Annual administration report of the Civil Veterinary Department of India - 1898-1899
Year: 1898
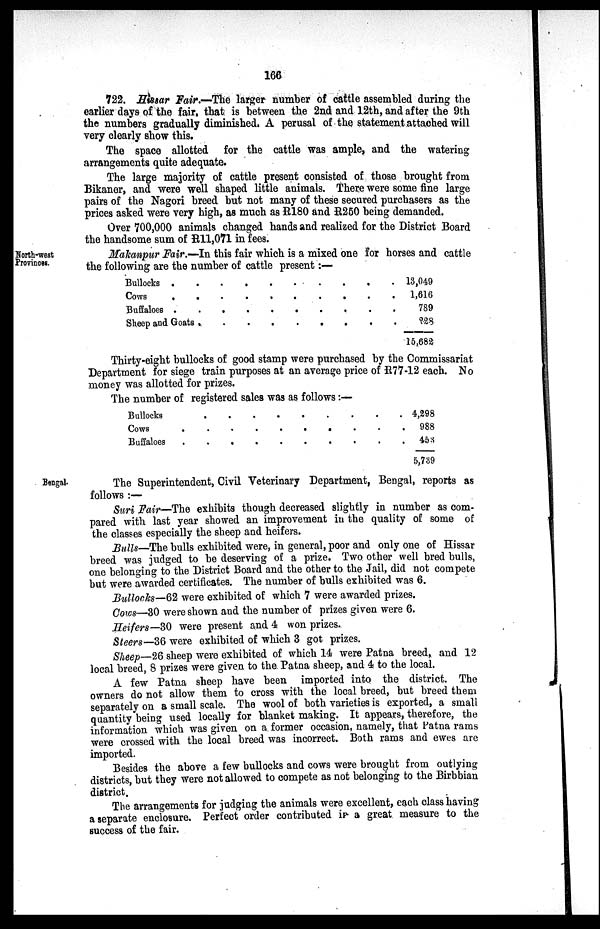
166
722. Hissar Fair.—The larger number of cattle assembled during the
earlier days of the fair, that is between the 2nd and 12th, and after the 9th
the numbers gradually diminished. A perusal of the statement attached will
very clearly show this.
The space allotted for the cattle was ample, and the watering
arrangements quite adequate.
The large majority of cattle present consisted of those brought from
Bikaner, and were well shaped little animals. There were some fine large
pairs of the Nagori breed but not many of these secured purchasers as the
prices asked were very high, as much as R180 and R250 being demanded.
Over 700,000 animals changed hands and realized for the District Board
the handsome sum of R11,071 in fees.
North-west
Provinces.
Makanpur Fair.—In this fair which is a mixed one for horses and cattle
the following are the number of cattle present:—
Bullocks . . . . . . . . . .
Cows
.
. . . . . . . . .
Buffaloes . . . . . . . . . .
Sheep and Goats . . . . . . . . .
13,049
1,616
789
228
15,682
Thirty-eight bullocks of good stamp were purchased by the Commissariat
Department for siege train purposes at an average price of R77-12 each. No
money was allotted for prizes.
The number of registered sales was as follows:—
Bullocks . . . . . . . .
Cows . . . . . . . .
Buffaloes . . . . . . . .
4,298
988
453
5,739
Bengal
The Superintendent, Civil Veterinary Department, Bengal, reports as
follows :—
Suri Fair—The exhibits though decreased slightly in number as com-
pared with last year showed an improvement in the quality of some of
the classes especially the sheep and heifers.
Bulls—The bulls exhibited were, in general, poor and only one of Hissar
breed was judged to be deserving of a prize. Two other well bred bulls,
one belonging to the District Board and the other to the Jail, did not compete
but were awarded certificates. The number of bulls exhibited was 6.
Bullocks—62 were exhibited of which 7 were awarded prizes.
Cows—30 were shown and the number of prizes given were 6.
Heifers—30 were present and 4 won prizes.
Steers—36 were exhibited of which 3 got prizes.
Sheep—26 sheep were exhibited of which 14 were Patna breed, and 12
local breed, 8 prizes were given to the Patna sheep, and 4 to the local.
A few Patna sheep have been imported into the district. The
owners do not allow them to cross with the local breed, but breed them
separately on a small scale. The wool of both varieties is exported, a small
quantity being used locally for blanket making. It appears, therefore, the
information which was given on a former occasion, namely, that Patna rams
were crossed with the local breed was incorrect. Both rams and ewes are
imported.
Besides the above a few bullocks and cows were brought from outlying
districts, but they were not allowed to compete as not belonging to the Birbbian
district.
The arrangements for judging the animals were excellent, each class having
a separate enclosure. Perfect order contributed in a great measure to the
success of the fair.